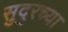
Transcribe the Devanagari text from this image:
सुदुरच्या